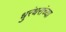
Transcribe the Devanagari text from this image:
धुरंधरांच्या